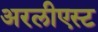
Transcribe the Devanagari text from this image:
अरलीएस्ट